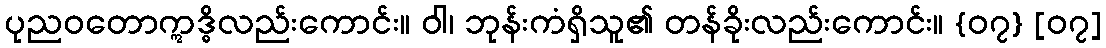
ပုညဝတောဣဒ္ဓိလည်းကောင်း။ ဝါ၊ ဘုန်းကံရှိသူ၏ တန်ခိုးလည်းကောင်း။ {၀၇} [၀၇]